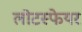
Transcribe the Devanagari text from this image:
लोटस्फेयर